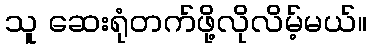
သူ ဆေးရုံတက်ဖို့လိုလိမ့်မယ်။